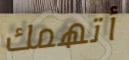
أتهمك